system: You are a helpful assistant.
user:
Analyze the provided spectrum to determine if it is a **M-type Giant (gM)**.

A M-type Giant spectrum is defined by its **strong molecular absorption** features, particularly from **Titanium Oxide (TiO)**. You must check for one of the following mutually exclusive signatures:

- **Key Visual Indicators (Absorption-Dominated Spectrum):**

    - **(Primary):** The spectrum is dominated by strong molecular absorption from **Titanium Oxide (TiO)**. This is the **defining feature** of its M-type temperature class.
        - **(Key Bandheads):** Look for sharp, "saw-tooth" absorption valleys. The strongest are located near **~7050 Å**, **~6160 Å**, and **~5170 Å**.
        - **(Line Profile):** The "saw-tooth" morphology is critical: a **sharp, steep drop on the BLUE (short-wavelength) side** of the bandhead, followed by a gradual recovery (rising flux) towards the RED (long-wavelength) side.

    - **(Key Confirmation - Giant vs. Dwarf):** **ABSENCE** of strong **Calcium Hydride (CaH)** molecular bands. This is the primary diagnostic for *excluding* M-dwarfs.
        - **(Key Region):** The spectrum should lack the strong, broad absorption band seen in dwarfs between **~6800 Å and ~7000 Å**.

    - **(Secondary Confirmation - Giant):** A very strong and broad **Neutral Calcium (Ca I)** atomic absorption line.
        - **(Key Line):** Located at **~4226 Å**. In a giant (gM), this line is significantly deeper and broader than the same line in an M-dwarf (dM) due to low surface gravity.

    - **(Overall Spectrum):**
        - The continuum is **extremely red-sloping** (i.e., flux is very low in the blue and rises dramatically towards the red).
        - The entire spectrum appears "chopped up" by the deep TiO bands.

Think first, call **spectral_visualization_tool** if needed to examine features in detail, then provide your final answer. Your response must adhere to the following strict rules:
1.  **Overall Structure:** Your response must follow the format `<think>...</think> <tool_call>...</tool_call> (if a tool is used) <answer>...</answer>`.
2.  **Tool Usage Constraint:** You may only make **one** tool call per turn.
3.  **Final Answer Format:** In the `<answer>` tag, your conclusion must be inside a `\boxed{}` command (e.g., `\boxed{YES}` or `\boxed{NO}`), followed by your justification.

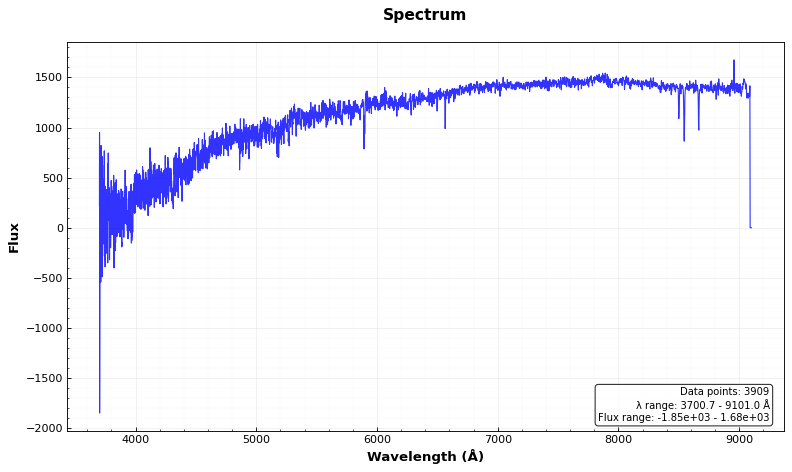
Answer: NO